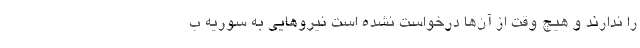
را ندارند و هیچ وقت از آن‌ها درخواست نشده است نیروهایی به سوریه ب